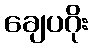
ချေပဂိုး